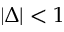
| \Delta | < 1